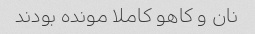
نان و کاهو کاملا مونده بودند